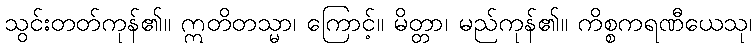
သွင်းတတ်ကုန်၏။ ဣတိတသ္မာ၊ ကြောင့်။ မိတ္တာ၊ မည်ကုန်၏။ ကိစ္စကရဏီယေသု၊